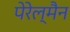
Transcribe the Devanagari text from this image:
पेरेल्मैन